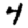
Digit: 4